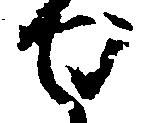
せ